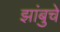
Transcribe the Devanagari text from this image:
झांबुचे